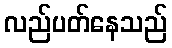
လည်ပတ်နေသည်